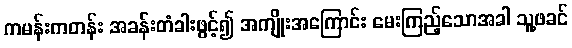
ကမန်းကတန်း အခန်းတံခါးဖွင့်၍ အကျိုးအကြောင်း မေးကြည့်သောအခါ သူ့ဖခင်